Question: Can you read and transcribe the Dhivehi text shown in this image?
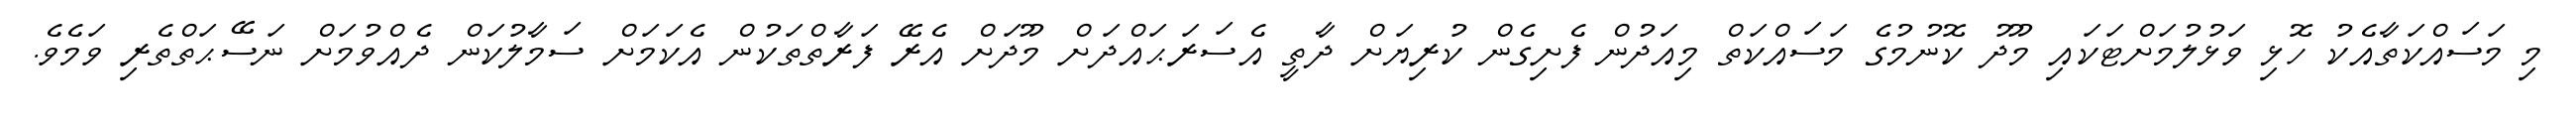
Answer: މި މަސައްކަތާއެކު ހޮޅި ވަޅުލުމަށްޓަކައި މޫދު ކޮނުމުގެ މަސައްކަތް މިއަދުން ފެށިގެން ކުރިޔަށް ދާތީ އެސަރަޙައްދަށް މޫދަށް އެރޭ ފަރާތްތަކުން އެކަމަށް ސަމާލުކަން ދެއްވުމަށް ނަސޭޙަތްތެރި ވަމެވެ.